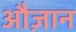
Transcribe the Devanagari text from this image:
औज़ान